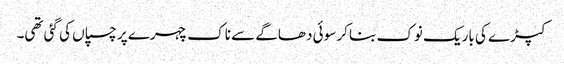
کپڑے کی باریک نوک بنا کر سوئی دھاگے سے ناک چہرے پر چسپاں کی گئی تھی۔